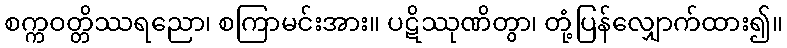
စက္ကဝတ္တိဿရညော၊ စကြာမင်းအား။ ပဋိဿုဏိတွာ၊ တုံ့ပြန်လျှောက်ထား၍။